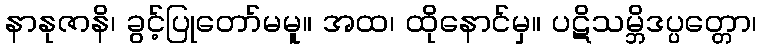
နာနုဇာနိ၊ ခွင့်ပြုတော်မမူ။ အထ၊ ထိုနောင်မှ။ ပဋိသမ္ဘိဒပ္ပတ္တော၊